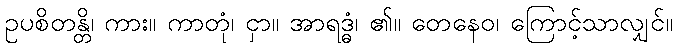
ဥပစိတန္တိ၊ ကား။ ကာတုံ၊ ငှာ။ အာရဒ္ဓံ၊ ၏။ တေနေဝ၊ ကြောင့်သာလျှင်။